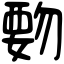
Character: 覅